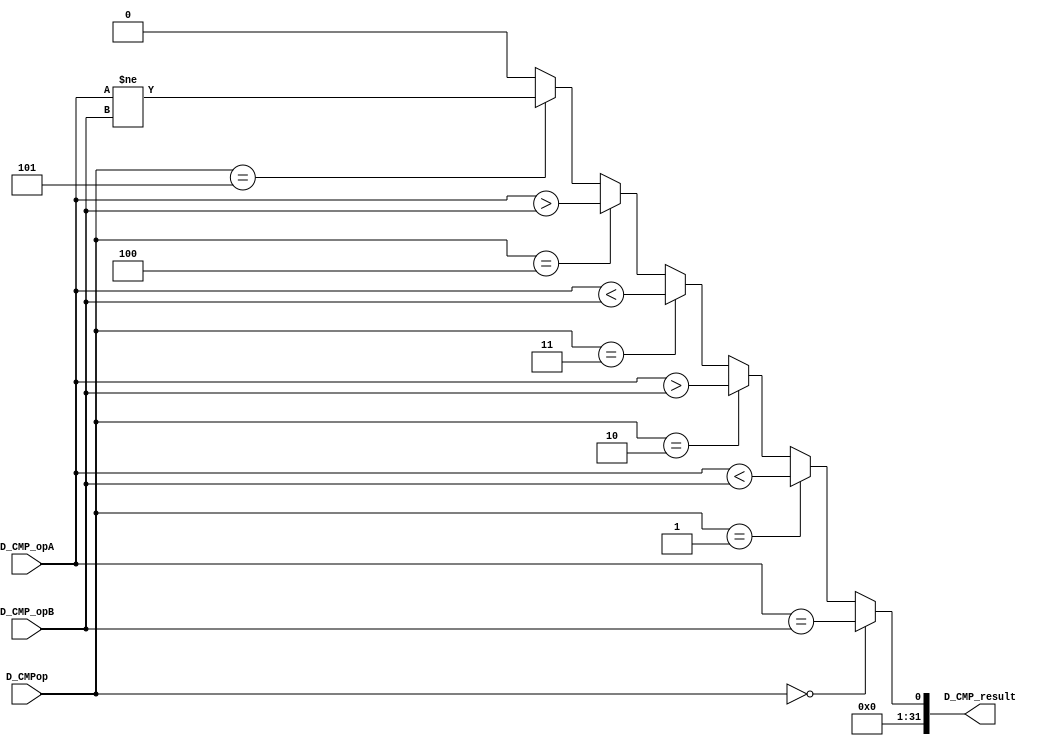
`timescale 1ns / 1ps
//////////////////////////////////////////////////////////////////////////////////
// Company: 
// Engineer: 
// 
// Design Name: 
// Module Name:    CMP 
// Project Name: 
// Target Devices: 
// Tool versions: 
// Description: 
//
// Dependencies: 
//
// Revision: 
// Revision 0.01 - File Created
// Additional Comments: 
//
//////////////////////////////////////////////////////////////////////////////////
module CMP(
    input [31:0] D_CMP_opA,
    input [31:0] D_CMP_opB,
    input [3:0] D_CMPop,
    output [31:0] D_CMP_result
    );
	 
	 wire [31:0] high;
	 wire [31:0] low;
	 
	 assign high = ($signed(D_CMP_opA) > $signed(D_CMP_opB));  //  A > B
 	 assign low = ($signed(D_CMP_opA) < $signed(D_CMP_opB));  //  A < B
	 
	 assign D_CMP_result = (D_CMPop == 4'd0) ? (D_CMP_opA == D_CMP_opB) :
	                       (D_CMPop == 4'd1) ? low   :
								  (D_CMPop == 4'd2) ? high  :
								  (D_CMPop == 4'd3) ? (D_CMP_opA < D_CMP_opB) :
								  (D_CMPop == 4'd4) ? (D_CMP_opA > D_CMP_opB) :
								  (D_CMPop == 4'd5) ? (D_CMP_opA != D_CMP_opB) :
								                      32'd0;


endmodule